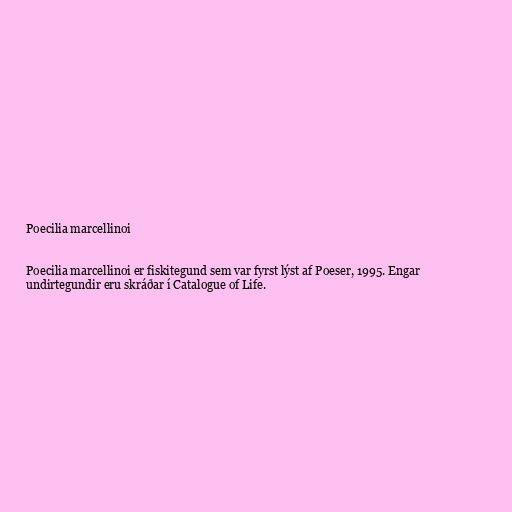
Poecilia marcellinoi

Poecilia marcellinoi er fiskitegund sem var fyrst lýst af Poeser, 1995. Engar
undirtegundir eru skráðar í Catalogue of Life.